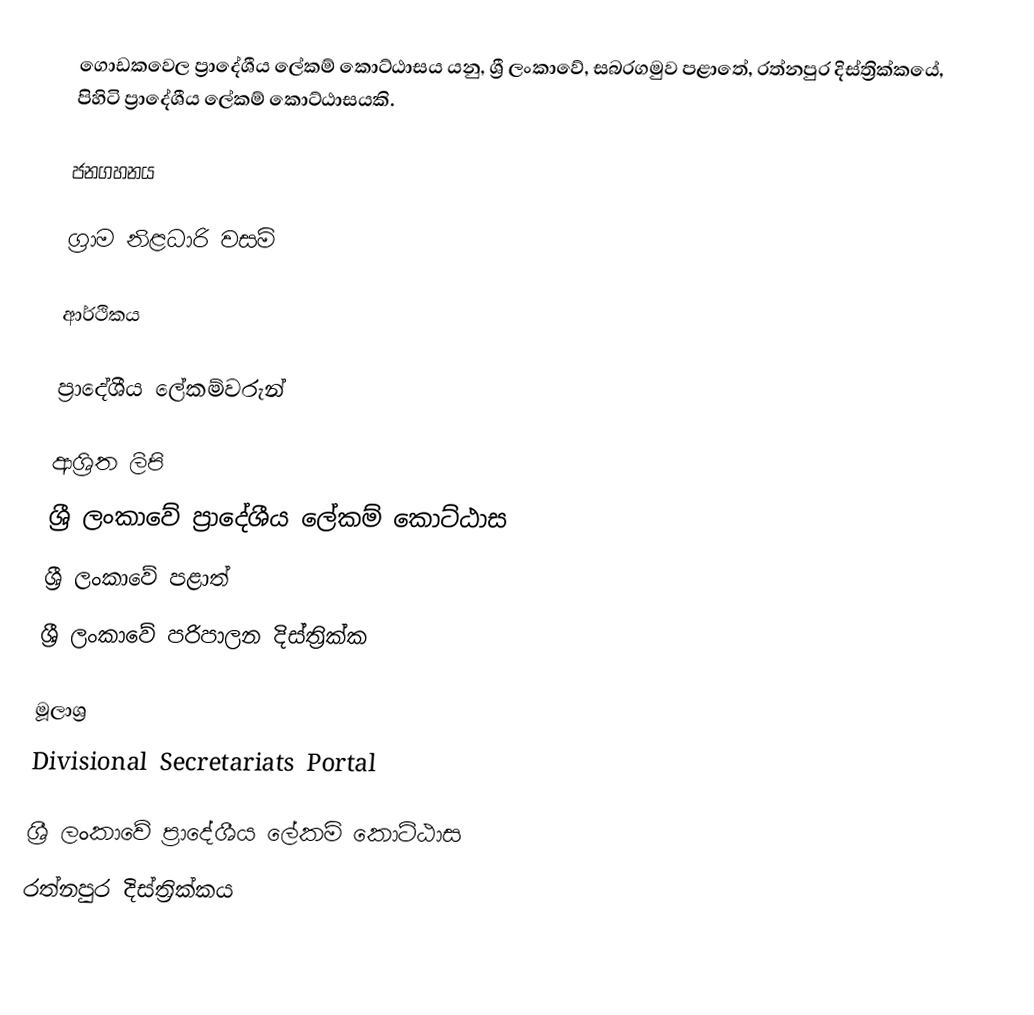
ගොඩකවෙල ප්‍රාදේශීය ලේකම් කොට්ඨාසය යනු,  ශ්‍රී ලංකාවේ, සබරගමුව පළාතේ,   රත්නපුර දිස්ත්‍රික්කයේ, පිහිටි ප්‍රාදේශීය ලේකම් කොට්ඨාසයකි.

ජනගහනය

ග්‍රාම නිළධාරි වසම්

ආර්ථිකය

ප්‍රාදේශීය ලේකම්වරුන්

ආශ්‍රිත ලිපි
ශ්‍රී ලංකාවේ ප්‍රාදේශීය ලේකම් කොට්ඨාස
ශ්‍රී ලංකාවේ පළාත්
ශ්‍රී ලංකාවේ පරිපාලන දිස්ත්‍රික්ක

මූලාශ්‍ර
 Divisional Secretariats Portal

ශ්‍රී ලංකාවේ ප්‍රාදේශීය ලේකම් කොට්ඨාස
රත්නපුර  දිස්ත්‍රික්කය